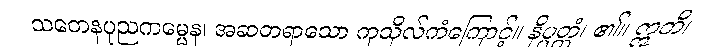
သတေနပုညကမ္မေန၊ အဆတရာသော ကုသိုလ်ကံကြောင့်။ နိပ္ပတ္တံ၊ ၏။ ဣတိ၊